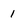
Character: 1